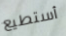
أستطيع